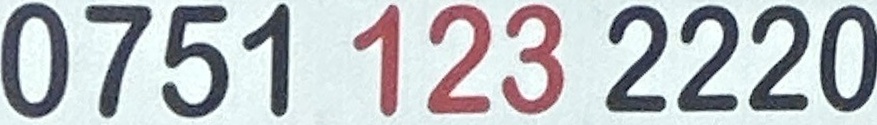
0751 123 2220